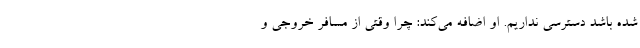
شده باشد دسترسی نداریم. او اضافه می‌کند: چرا وقتی از مسافر خروجی و